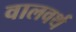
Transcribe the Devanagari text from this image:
वालवर्थ